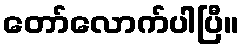
တော်လောက်ပါပြီ။